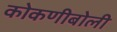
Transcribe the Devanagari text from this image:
कोकणीबोली